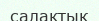
салақтық